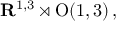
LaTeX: \mathbf { R } ^ { 1 , 3 } \rtimes \mathrm { O } ( 1 , 3 ) \, ,